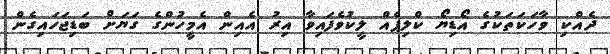
ދެއްކި ވާހަކަތަކުގެ އޯޑިޔޯ ކްލިޕެއް ލީކުވެފައިވާ އިރު އެއިން އެމީހުންގެ ގަޔަށް ބަޑިޖަހައިގެން